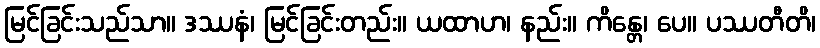
မြင်ခြင်းသည်သာ။ ဒဿနံ၊ မြင်ခြင်းတည်း။ ယထာဟ၊ နည်း။ ကိန္တေ၊ ပေ။ ပဿတီတိ၊